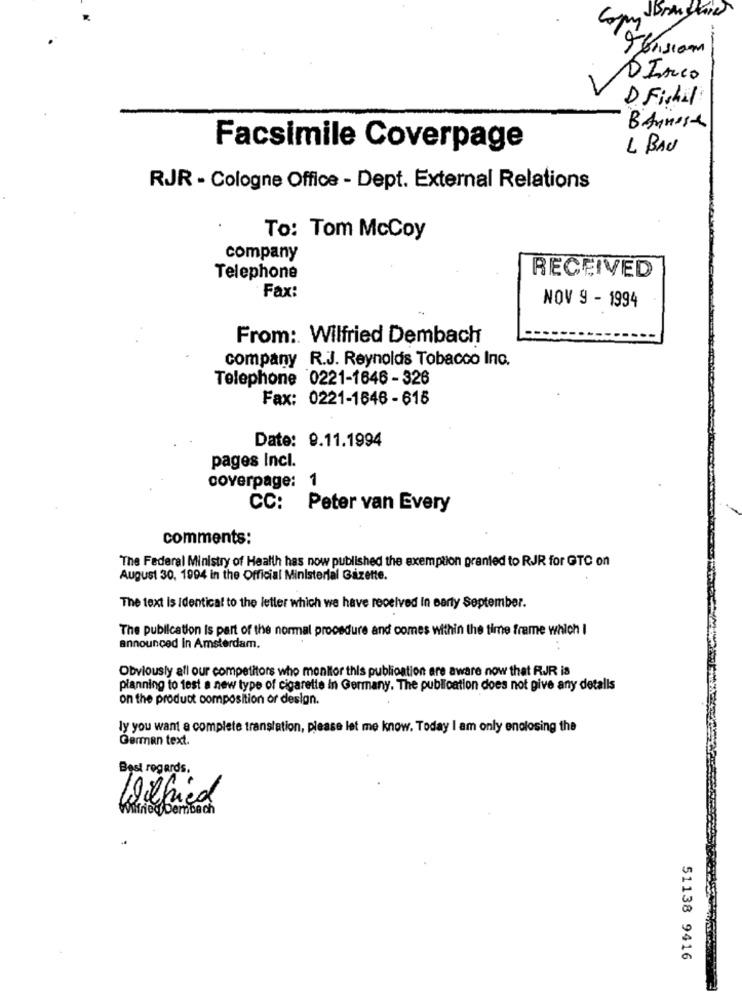
DIsco
D Fishil
BANnost
Facsimile Coverpage
L BAU
RJR - Cologne Office - Dept. External Relations
To: Tom McCoy
company
Telephone
RECEIVED
Fax:
NOV 9 - 1994
From: Wilfried Dembach
company R.J. Reynolds Tobacco Ino.
Telephone 0221-1646 -326
Fax: 0221-1646 - 616
Date: 9.11.1994
pages Incl.
coverpage: 1
CC: Peter van Every
comments:
The Federal Ministry of Health has now published the exemption granted to RJR for GTC on
August 30, 1994 in the Official Ministerial Gazette.
The text is Identical to the letter which we have received In party September.
The publication is part of the normal procedure and comes within the time frame which I
announced In Amsterdam.
Obviously all our competitors who monitor this publication are aware now that RJR is
planning to test a new type of cigarette in Germany. The publication does not give any detalls
on the product composition or design.
ly you want a complete translation, please let me know. Today I am only enclosing the
German text.
Best regards.
51138 9416